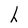
Character: h